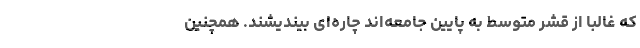
که غالبا از قشر متوسط به پایین جامعه‌اند چاره‌ای بیندیشند. همچنین